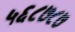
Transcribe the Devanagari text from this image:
५६८७८७